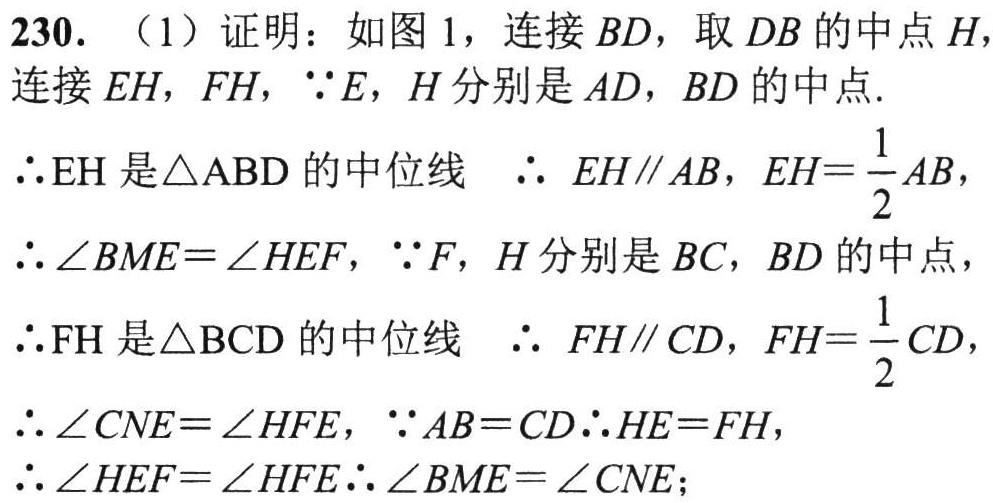
230. （1）证明：如图 1，连接 \(BD\)，取 \(DB\) 的中点 \(H\)，连接 \(EH\)，\(FH\)，\(\because E\)，\(H\) 分别是 \(AD\)，\(BD\) 的中点.

\(\therefore EH\) 是 \(\triangle ABD\) 的中位线 \(\therefore EH\parallel AB\)，\(EH = \frac{1}{2}AB\)，

\(\therefore \angle BME=\angle HEF\)，\(\because F\)，\(H\) 分别是 \(BC\)，\(BD\) 的中点，

\(\therefore FH\) 是 \(\triangle BCD\) 的中位线 \(\therefore FH\parallel CD\)，\(FH = \frac{1}{2}CD\)，

\(\therefore \angle CNE=\angle HFE\)，\(\because AB = CD\therefore HE = FH\)，

\(\therefore \angle HEF=\angle HFE\therefore \angle BME=\angle CNE\)；